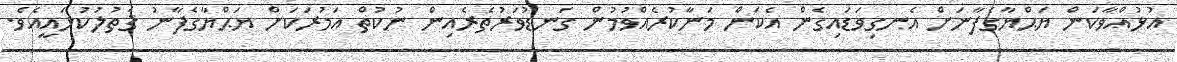
އުޅުއްވާކަން ޔަޙްޔާގެފާނަށް އެނގިވަޑައިގެން އެކަން މަނާކުރެއްވުމުން ގަނޑުވަރުތެރެއިން ނުކުތް އަމުރަކަށް ޔަޙްޔާގެފާނު ޤަތުލުކުޅައީއެވެ.